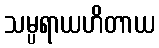
သမ္ပရာယဟိတာယ